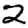
Digit: 2